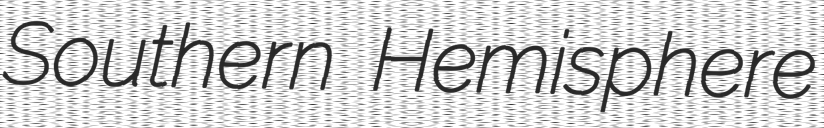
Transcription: Southern Hemisphere